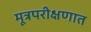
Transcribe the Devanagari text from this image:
मूत्रपरीक्षणात